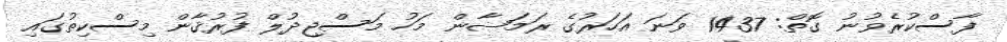
ފާސްކުރެވުނު ގޮތް: 1437 ވަނަ އަހަރުގެ ރަމަޟާން މަހު މަސްޖިދުލް ފުރުޤާން މިސްކިތުގައި